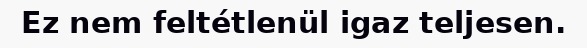
Ez nem feltétlenül igaz teljesen.